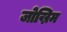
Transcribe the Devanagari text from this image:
जोख्निम